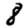
Digit: 8